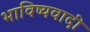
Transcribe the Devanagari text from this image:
भाविष्यवादी